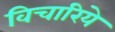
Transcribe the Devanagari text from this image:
विचारिये